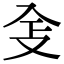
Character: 𠓥